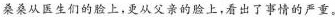
桑桑从医生们的脸上，更从父亲的脸上，看出了事情的严重。